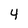
Character: 4